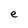
Character: e